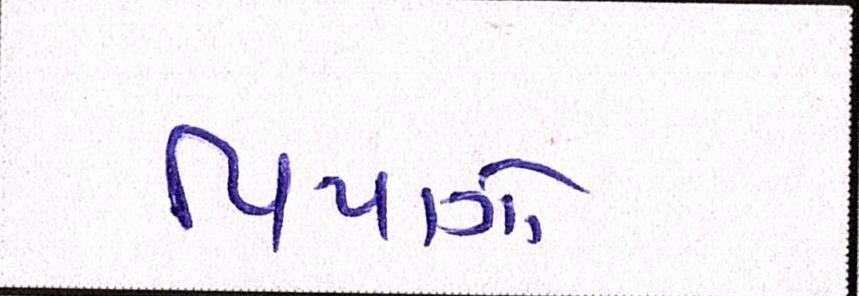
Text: પિયાગો